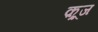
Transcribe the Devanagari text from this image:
क़्रूज